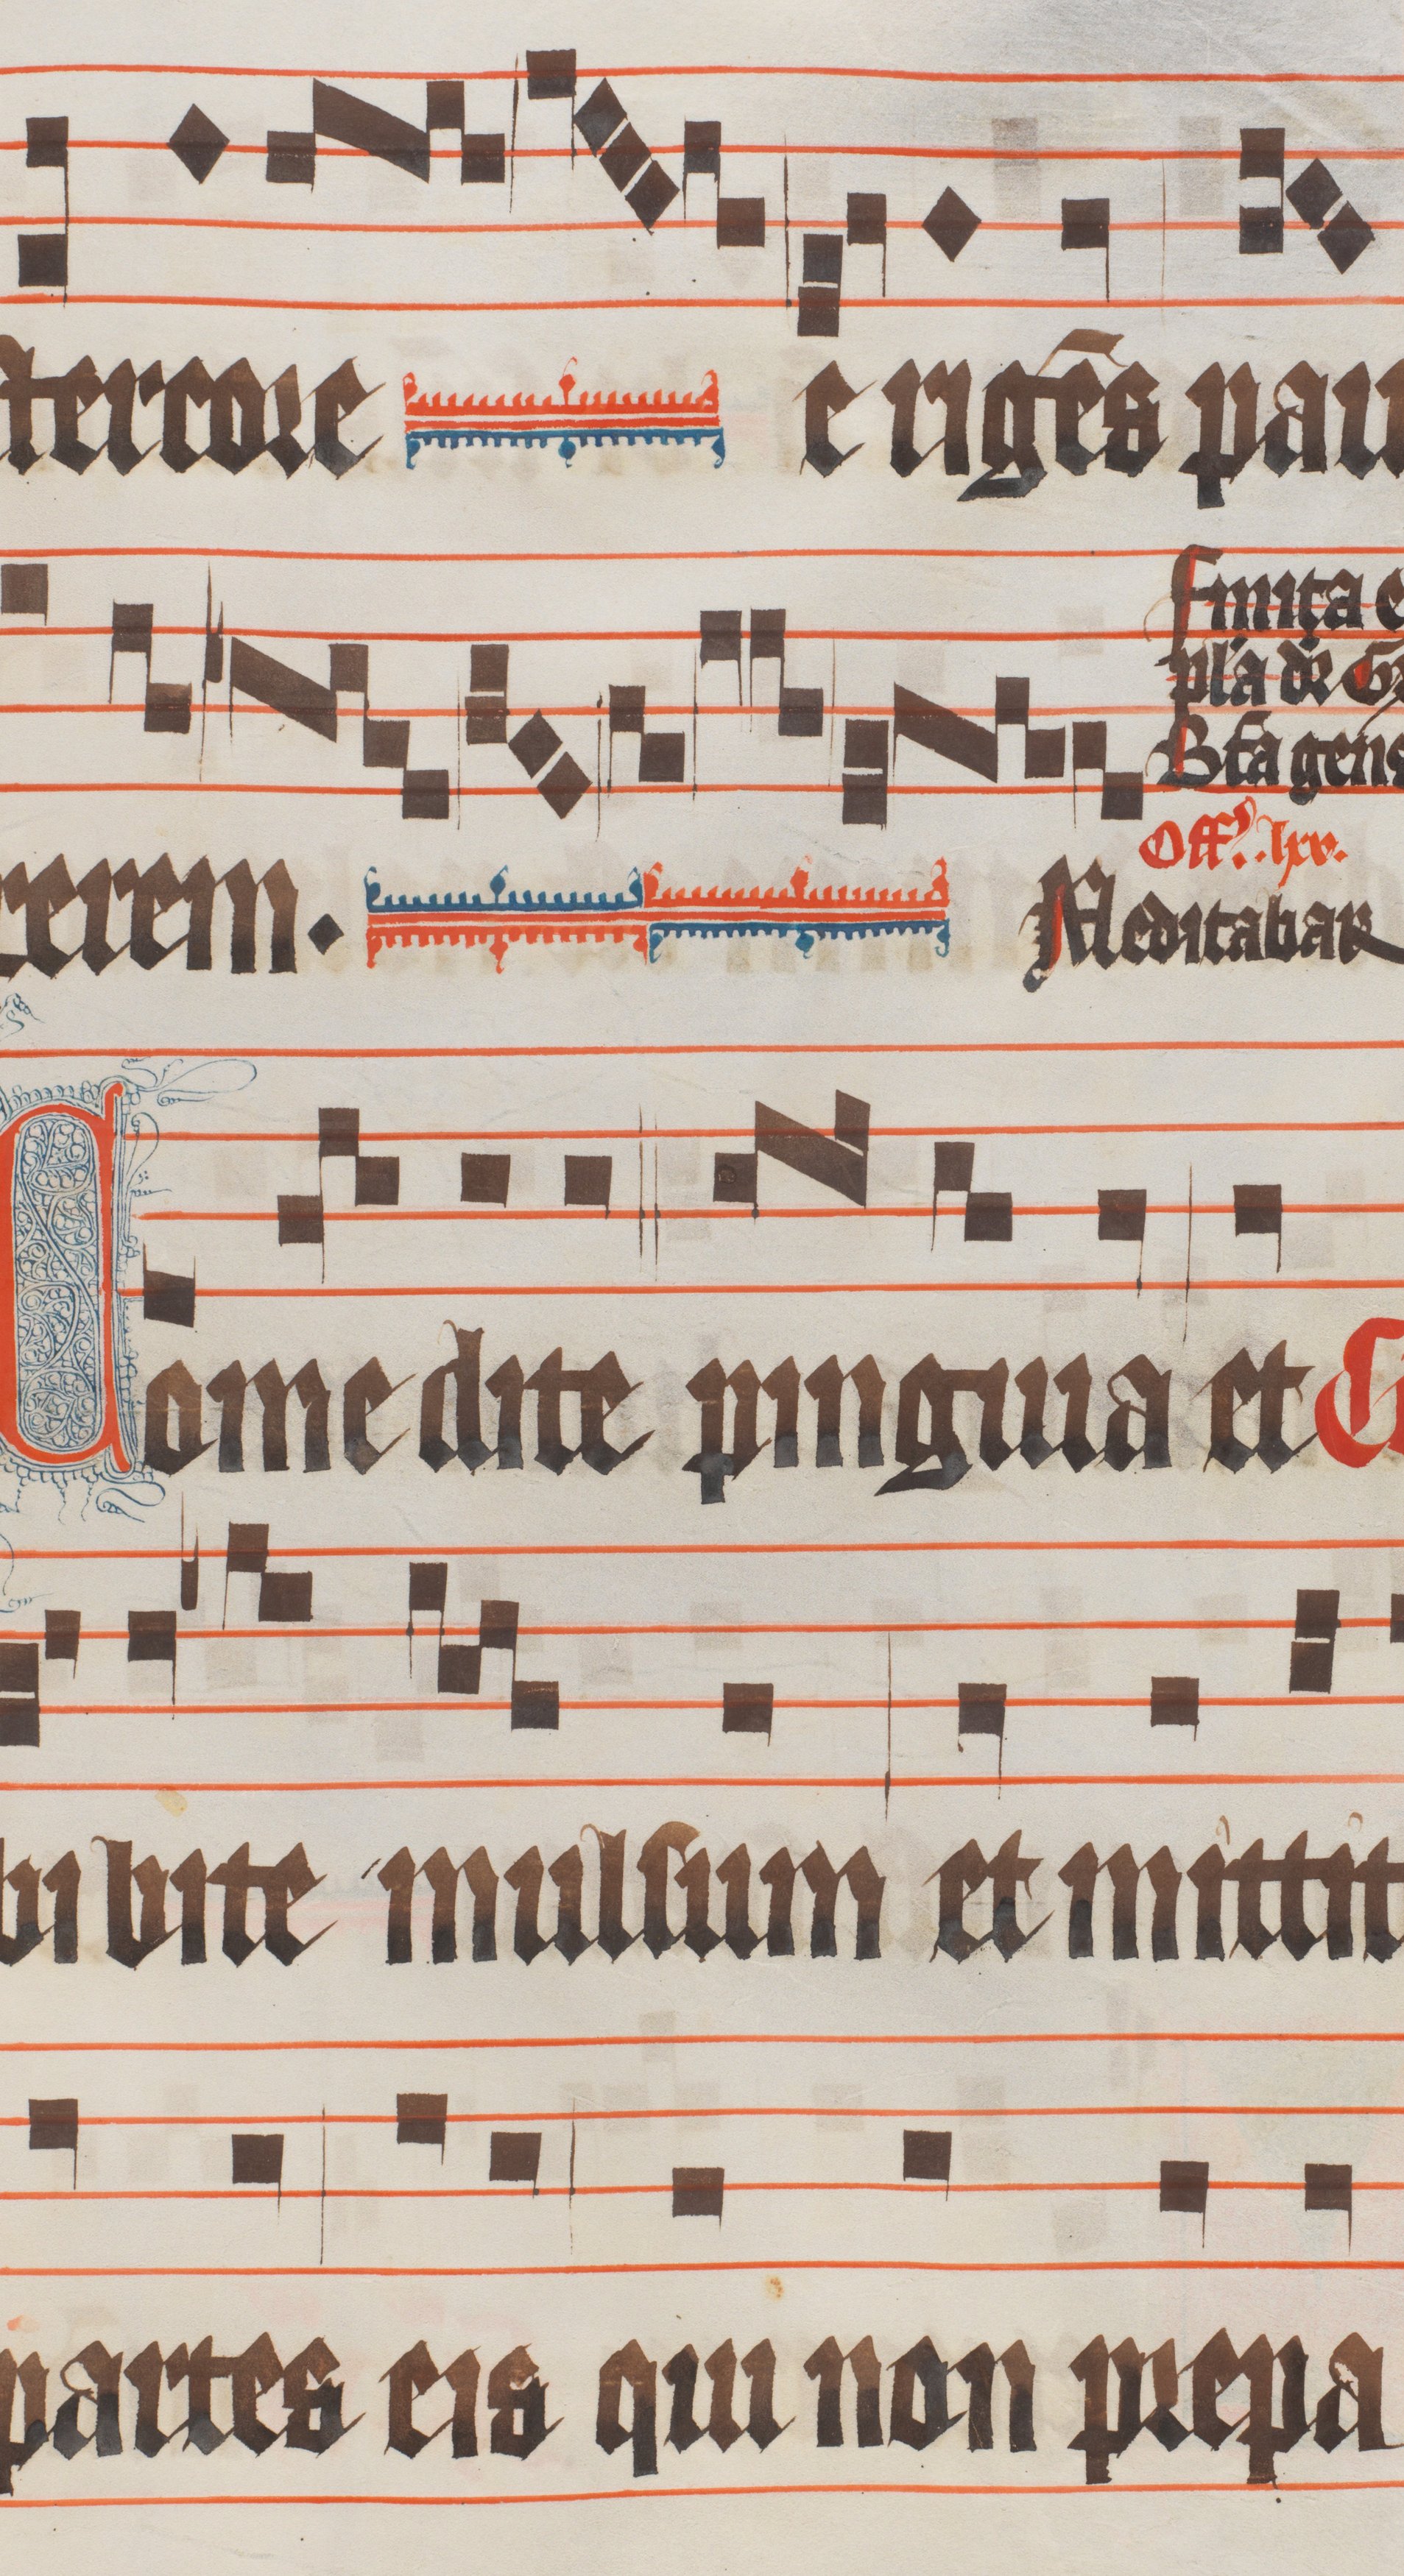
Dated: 1330–1335